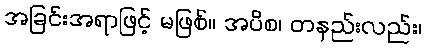
အခြင်းအရာဖြင့် မဖြစ်။ အပိစ၊ တနည်းလည်း၊